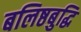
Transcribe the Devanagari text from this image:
बलिष्ठबुद्धि